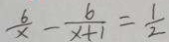
\frac { 6 } { x } - \frac { 6 } { x + 1 } = \frac { 1 } { 2 }